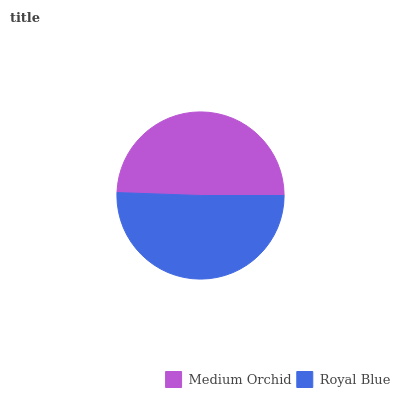
| Medium Orchid | Royal Blue |
 | --- | --- |
 | 49.4% | 50.6% |